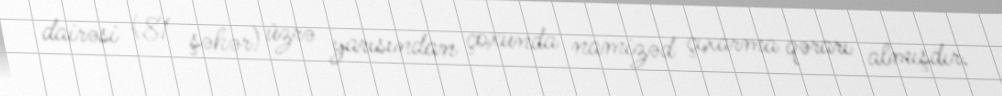
dairəsi (81 şəhər) üzrə yarısından çoxunda namizəd çıxarma qərarı almışdır.